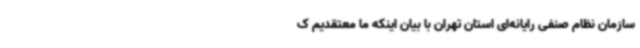
سازمان نظام صنفی رایانه‌ای استان تهران با بیان اینکه ما معتقدیم ک